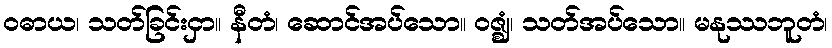
ဝဓာယ၊ သတ်ခြင်းငှာ။ နီတံ၊ ဆောင်အပ်သော။ ဝဇ္ဈံ၊ သတ်အပ်သော။ မနုဿဘူတံ၊